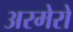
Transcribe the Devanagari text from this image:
अरमेरो